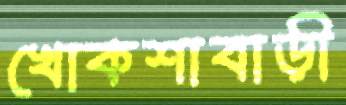
খোকশাবাড়ী